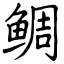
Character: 鲷